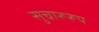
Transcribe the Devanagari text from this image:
सुचारूरूप